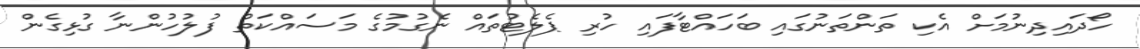
ހޯދައިދިނުމަށް އެކި ތަންތަނުގައި ބަހައްޓާފައި ހުރި ޕެލެޓުތައް ނެގުމުގެ މަސައްކަތް ފުލުުހުންނާ ގުޅިގެން